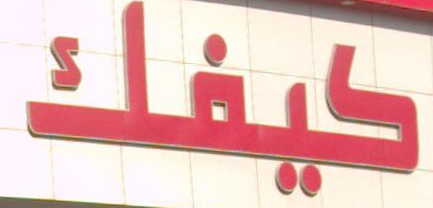
كيفك